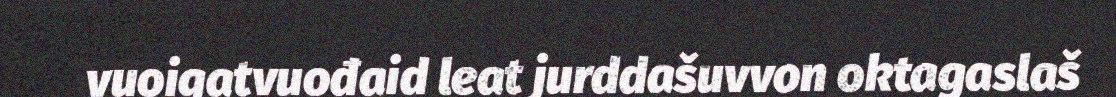
vuoigatvuođaid leat jurddašuvvon oktagaslaš